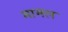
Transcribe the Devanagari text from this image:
मामल